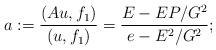
LaTeX: \begin{align*}a:=\frac{(Au,f_1)}{(u,f_1)}=\frac{E-EP/G^2}{e-E^2/G^2};\end{align*}